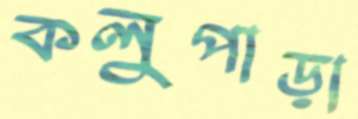
কলুপাড়া